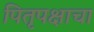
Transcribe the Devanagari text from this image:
पितृपक्षाचा